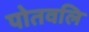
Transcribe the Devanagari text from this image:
पोतवलि